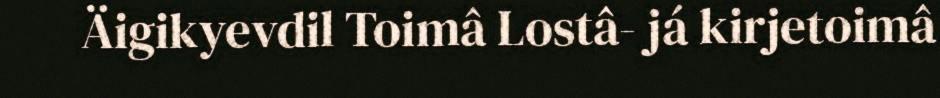
Äigikyevdil Toimâ Lostâ- já kirjetoimâ